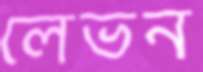
লেভন